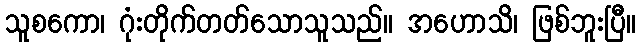
သူစကော၊ ဂုံးတိုက်တတ်သောသူသည်။ အဟောသိ၊ ဖြစ်ဘူးပြီ။